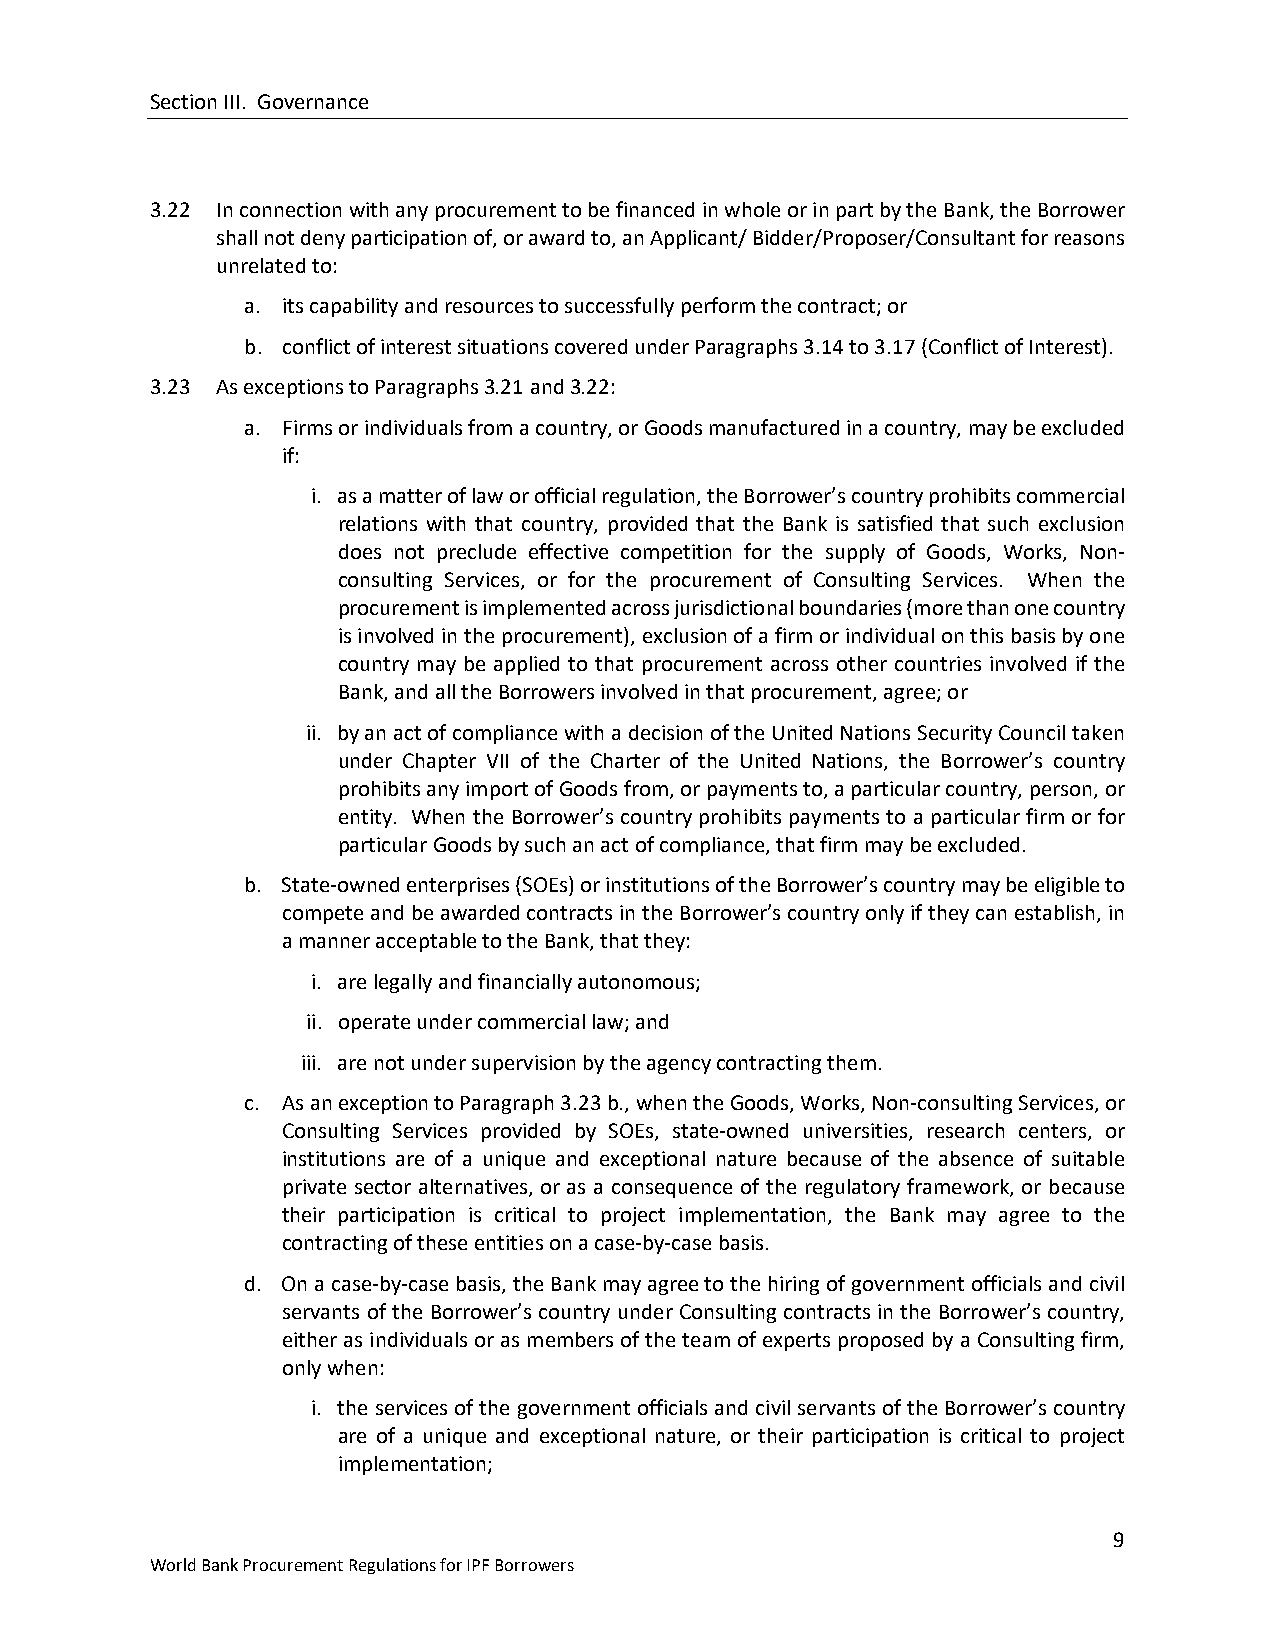
Section III. Governance
 3.22 In connection with any procurement to be financed in whole or in part by the Bank, the Borrower
 shall not deny participation of, or award to, an Applicant/ Bidder/Proposer/Consultant for reasons
 unrelated to:
 a. its capability and resources to successfully perform the contract; or
 b. conflict of interest situations covered under Paragraphs 3.14 to 3.17 (Conflict of Interest).
 3.23 As exceptions to Paragraphs 3.21 and 3.22:
 a. Firms or individuals from a country, or Goods manufactured in a country, may be excluded
 if:
 i. as a matter of law or official regulation, the Borrower’s country prohibits commercial
 relations with that country, provided that the Bank is satisfied that such exclusion
 does not preclude effective competition for the supply of Goods, Works, Non-
 consulting Services, or for the procurement of Consulting Services. When the
 procurement is implemented across jurisdictional boundaries (more than one country
 is involved in the procurement), exclusion of a firm or individual on this basis by one
 country may be applied to that procurement across other countries involved if the
 Bank, and all the Borrowers involved in that procurement, agree; or
 ii. by an act of compliance with a decision of the United Nations Security Council taken
 under Chapter VII of the Charter of the United Nations, the Borrower’s country
 prohibits any import of Goods from, or payments to, a particular country, person, or
 entity. When the Borrower’s country prohibits payments to a particular firm or for
 particular Goods by such an act of compliance, that firm may be excluded.
 b. State-owned enterprises (SOEs) or institutions of the Borrower’s country may be eligible to
 compete and be awarded contracts in the Borrower’s country only if they can establish, in
 a manner acceptable to the Bank, that they:
 i. are legally and financially autonomous;
 ii. operate under commercial law; and
 iii. are not under supervision by the agency contracting them.
 c. As an exception to Paragraph 3.23 b., when the Goods, Works, Non-consulting Services, or
 Consulting Services provided by SOEs, state-owned universities, research centers, or
 institutions are of a unique and exceptional nature because of the absence of suitable
 private sector alternatives, or as a consequence of the regulatory framework, or because
 their participation is critical to project implementation, the Bank may agree to the
 contracting of these entities on a case-by-case basis.
 d. On a case-by-case basis, the Bank may agree to the hiring of government officials and civil
 servants of the Borrower’s country under Consulting contracts in the Borrower’s country,
 either as individuals or as members of the team of experts proposed by a Consulting firm,
 only when:
 i. the services of the government officials and civil servants of the Borrower’s country
 are of a unique and exceptional nature, or their participation is critical to project
 implementation;
 9
 World Bank Procurement Regulations for IPF Borrowers